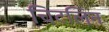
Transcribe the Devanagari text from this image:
चिटलिन